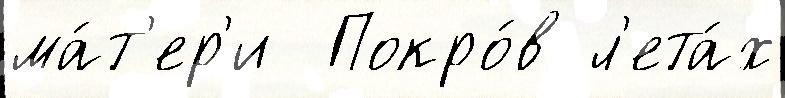
ма́т'ер'и  Покро́в л'ета́х